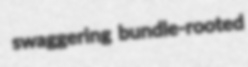
swaggering bundle-rooted